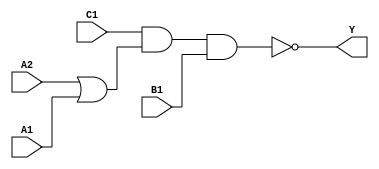
module sky130_fd_sc_ms__o211ai (
    Y ,
    A1,
    A2,
    B1,
    C1
);

    // Module ports
    output Y ;
    input  A1;
    input  A2;
    input  B1;
    input  C1;

    // Local signals
    wire or0_out    ;
    wire nand0_out_Y;

    //   Name   Output       Other arguments
    or   or0   (or0_out    , A2, A1         );
    nand nand0 (nand0_out_Y, C1, or0_out, B1);
    buf  buf0  (Y          , nand0_out_Y    );

endmodule